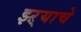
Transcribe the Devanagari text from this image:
झ्ऱ्याचे